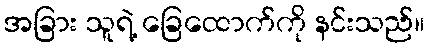
အခြား သူရဲ့ ခြေထောက်ကို နင်းသည်။